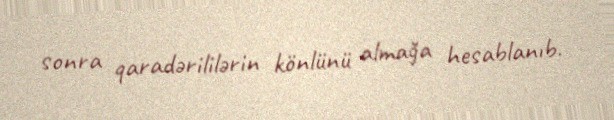
sonra qaradərililərin könlünü almağa hesablanıb.